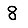
Digit: 8